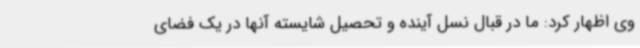
وی اظهار کرد: ما در قبال نسل آینده و تحصیل شایسته آنها در یک فضای